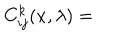
C _ { i j } ^ { k } ( x , \lambda ) =